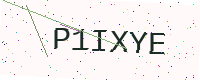
Text: P1IXYE